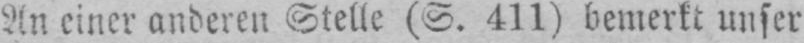
An einer anderen Stelle (S. 411) bemerkt unser